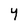
Character: Y